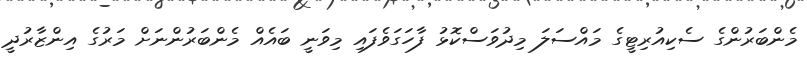
މެންބަރުންގެ ސެކިއުރިޓީގެ މައްސަލަ މިދުވަސްކޮޅު ފާހަގަވެފައި މިވަނީ ބައެއް މެންބަރުންނަށް މަރުގެ އިންޒާރުދީ